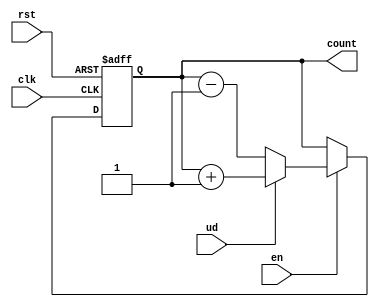
module UpDownCounter (
    input wire clk,       // Clock signal
    input wire rst,       // Asynchronous reset
    input wire ud,        // Up/Down control (1 for up, 0 for down)
    input wire en,        // Enable signal
    output reg [7:0] count // Counter output (8-bit wide)
);

// Asynchronous reset and counting logic
always @(posedge clk or posedge rst) begin
    if (rst) begin
        count <= 8'b0; // Reset counter to 0
    end else if (en) begin
        if (ud) begin
            // Count up
            count <= count + 1;
        end else begin
            // Count down
            count <= count - 1;
        end
    end
end

endmodule